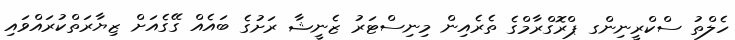
ހެލްތު ސްކްރީނިންގ ޕްރޮގްރާމްގެ ތެރެއިން މިނިސްޓަރު ޒެނީޝާ ރަށުގެ ބައެއް ގޭގެއަށް ޒިޔާރަތްކުރައްވައި